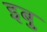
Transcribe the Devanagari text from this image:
इबु